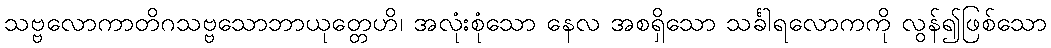
သဗ္ဗလောကာတိဂသဗ္ဗသောဘာယုတ္တေဟိ၊ အလုံးစုံသော နေလ အစရှိသော သင်္ခါရလောကကို လွန်၍ဖြစ်သော